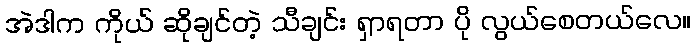
အဲဒါက ကိုယ် ဆိုချင်တဲ့ သီချင်း ရှာရတာ ပို လွယ်စေတယ်လေ။